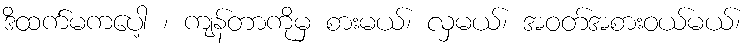
ဒိထက်မကပေါ့ ၊ ကျန်တာကိုမှ စားမယ်၊ လှမယ်၊ အဝတ်အစားဝယ်မယ်၊